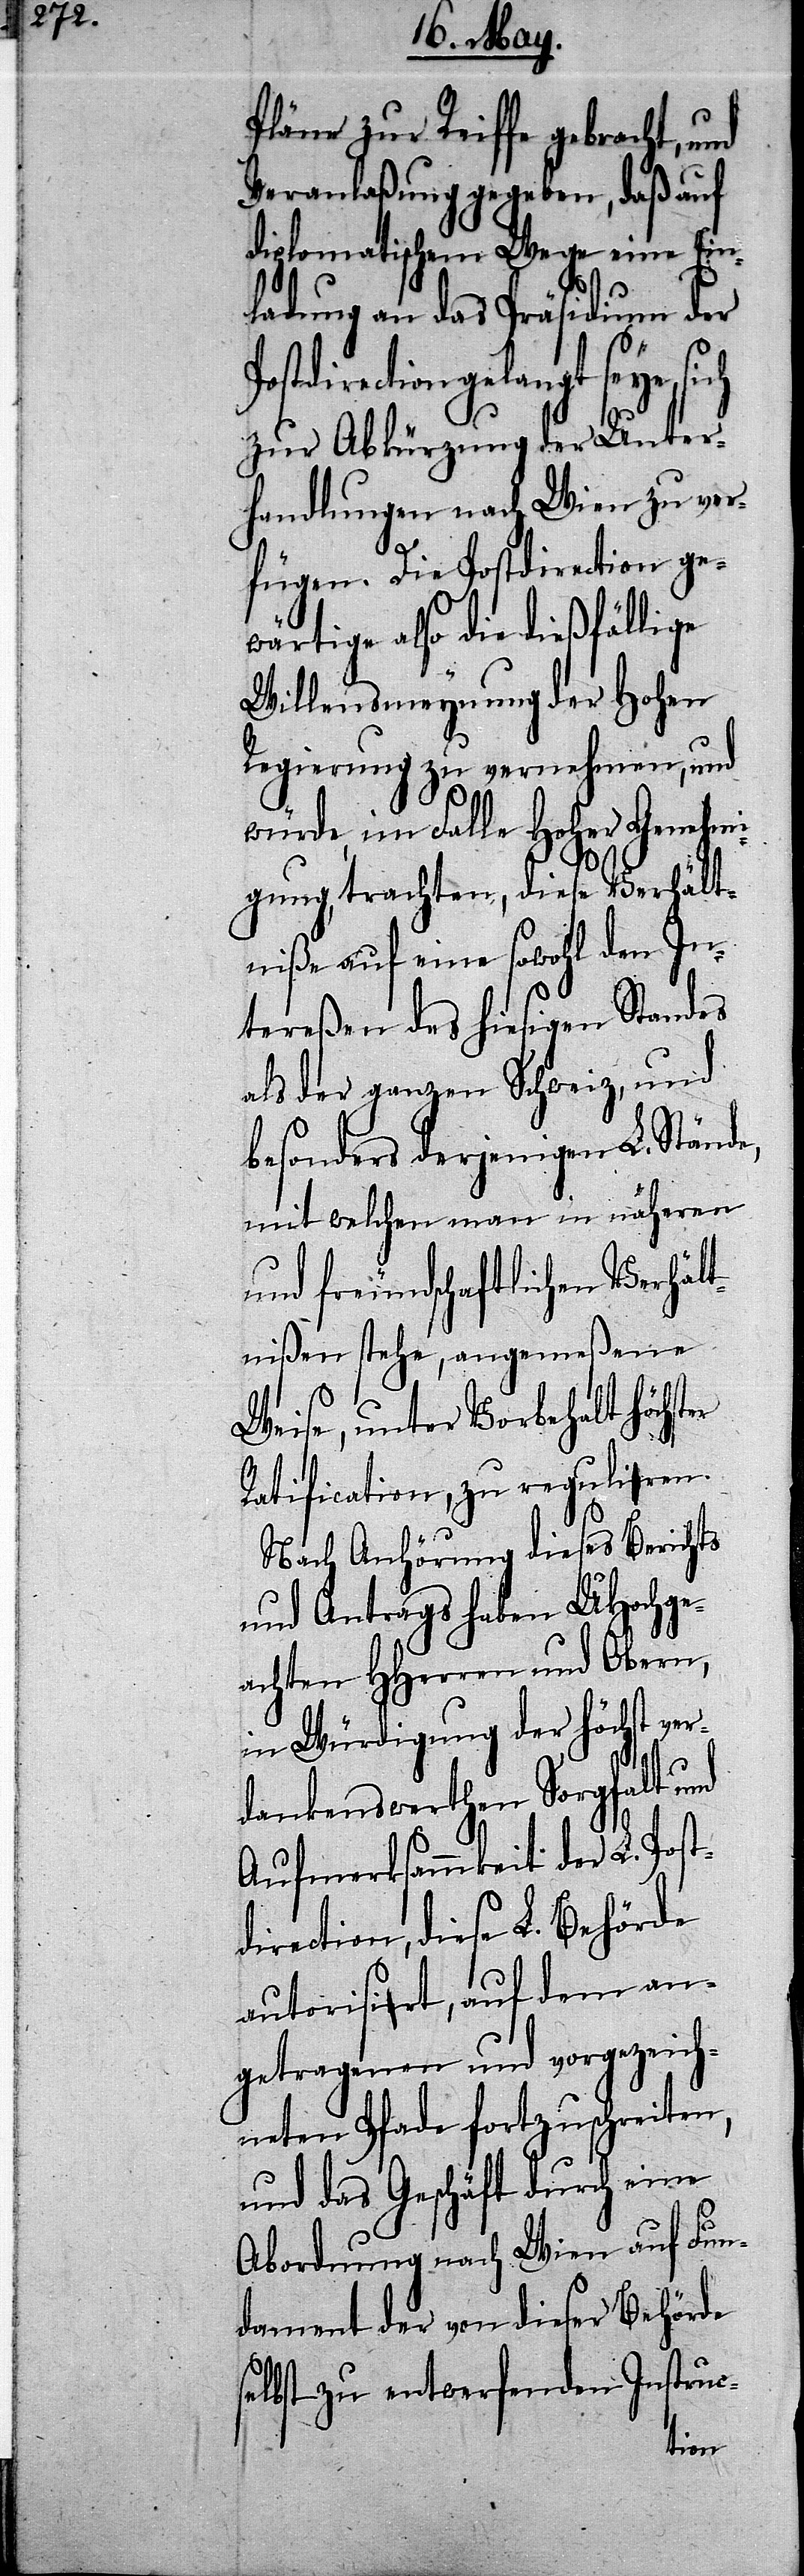
s¬

Pläne zur Reiffe gebracht,
Veranlaßung gegeben, daß auf
diplomatischem Wege eine Ein¬
ladung an das Präsidium der
gelangt seye, sich
zur Abkürzung der Unter¬
handlungen nach Wien zu ver¬
fügen. Die Postdirection ge¬
wärtige also die dießfällige
Willensmeynung der Hohen
Regierung zu vernehmen, und
würde, im Falle Hoher Genehmi¬
gung, trachten, diese Verhält¬
niße auf eine sowohl den In¬
tereßen des hiesigen Standes
als der ganzen Schweiz, und
besonders derjenigen L. Stände,
mit welchen man in nähern
und freundschaftlichen Verhält¬
nißen stehe, angemeßene
Weise, unter Vorbehalt höchs¬
Ratification, zu reguliren.
Nach Anhörung dieses Berichts
und Antrags haben UHochge¬
achten HHerren und Obern,
in Würdigung der höchst ver¬
dankenswerthen Sorgfalt
Aufmerksammkeit der L. Post¬
direction, diese L. Behörde
autorisirt, auf dem an¬
getragenen und vorgezeich¬
neten Pfade fortzuschreiten,
und das Geschäft durch eine
Abordnung nach Wien auf Fun¬
dament der von dieser Behörde
elbst zu entwerfenden Instruc-
ter